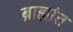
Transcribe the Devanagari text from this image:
ब्राह्मांत